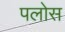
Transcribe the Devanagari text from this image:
पलोस